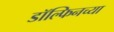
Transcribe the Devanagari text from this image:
डॉल्फिनच्या